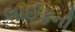
લાઈફની